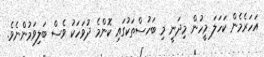
އަހަރެމެން ކަހަލަ މީހުން މިދަނީ މި ބަހުސްތަކުގައި ކޮންމެ ދުވަހަކު ވެސް ބަލިވަމުންނެވެ.